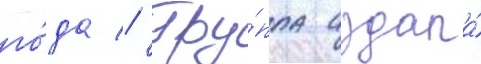
го́да // Гру́ппа издала́